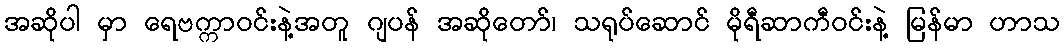
အဆိုပါ မှာ ရေဗက္ကာဝင်းနဲ့အတူ ဂျပန် အဆိုတော်၊ သရုပ်ဆောင် မိုရီဆာကီဝင်းနဲ့ မြန်မာ ဟာသ